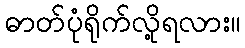
ဓာတ်ပုံရိုက်လို့ရလား။